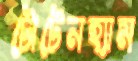
টোটেনহ্যাম